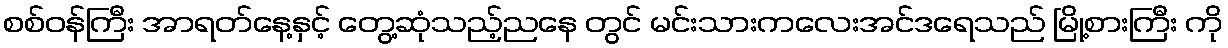
စစ်ဝန်ကြီး အာရတ်နေ့နှင့် တွေ့ဆုံသည့်ညနေ တွင် မင်းသားကလေးအင်ဒရေသည် မြို့စားကြီး ကို